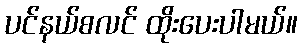
ပင်နယ်စလင် ထိုးပေးပါမယ်။